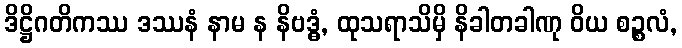
ဒိဋ္ဌိဂတိကဿ ဒဿနံ နာမ န နိဗဒ္ဓံ, ထုသရာသိမှိ နိခါတခါဏု ဝိယ စဉ္စလံ,